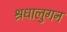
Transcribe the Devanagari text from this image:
श्रधालुगन